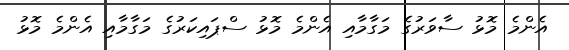
އެންމެ މޮޅު ސާވަރުގެ މަގާމާއި އެންމެ މޮޅު ސްޕައިކަރުގެ މަގާމާއި އެންމެ މޮޅު